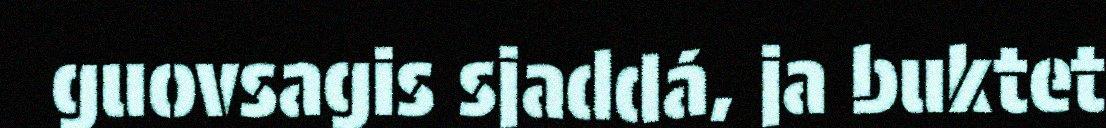
guovsagis sjaddá, ja buktet